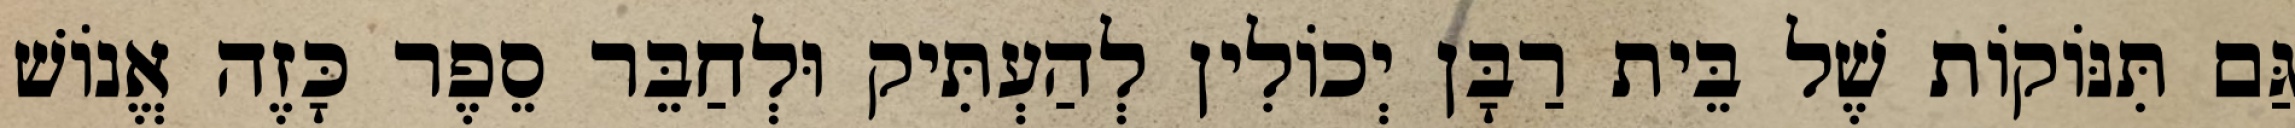
גַּם תִּנּוֹקוֹת שֶׁל בֵּית רַבָּן יְכוֹלִין לְהַעְתִּיק וּלְחַבֵּר סֵפֶר כָּזֶה אֱנוֹשׁ